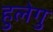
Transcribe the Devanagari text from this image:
हुलेगु